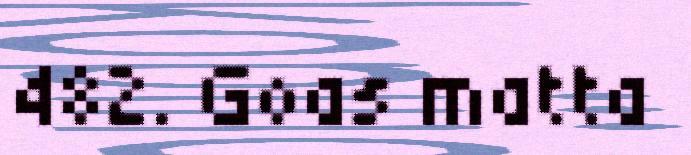
482. Goas matta